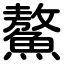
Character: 鰲